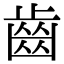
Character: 齒